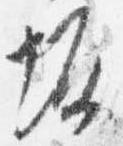
坂